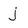
Character: j